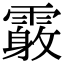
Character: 𩅓